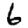
Digit: 6